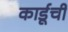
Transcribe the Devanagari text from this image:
कार्डूची